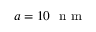
a = 1 0 ~ \mathrm { ~ n ~ m ~ }